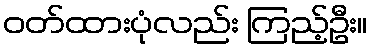
ဝတ်ထားပုံလည်း ကြည့်ဦး။